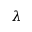
\lambda